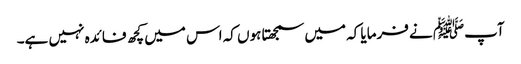
آپﷺ نے فرمایا کہ میں سمجھتا ہوں کہ اس میں کچھ فائدہ نہیں ہے۔